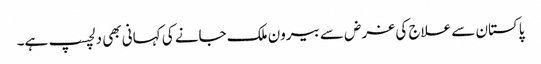
پاکستان سے علاج کی غرض سے بیرون ملک جانے کی کہانی بھی دلچسپ ہے۔